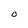
Character: O